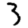
Digit: 3